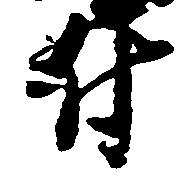
付